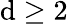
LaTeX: \mathrm{d}\ge2